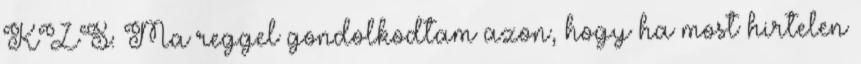
KZS: Ma reggel gondolkodtam azon, hogy ha most hirtelen